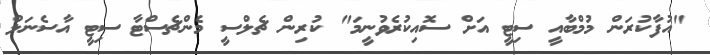
"އުފާކުރަން މުމްބާއީ ސިޓީ އަށް ސޮއިކުރެވުނީމަ" ކުރިން ޗެލްސީ މެންޗެސްޓާ ސިޓީ އާސެނަލް